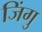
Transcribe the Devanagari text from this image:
जिंगु